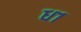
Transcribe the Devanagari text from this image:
ध१